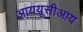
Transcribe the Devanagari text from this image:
आययूसीआय